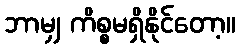
ဘာမျှ ကိစ္စမရှိနိုင်တော့။